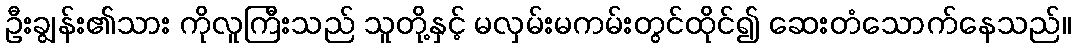
ဦးချွန်း၏သား ကိုလူကြီးသည် သူတို့နှင့် မလှမ်းမကမ်းတွင်ထိုင်၍ ဆေးတံသောက်နေသည်။